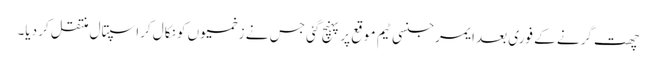
چھت گرنے کے فوری بعد ایمرجنسی ٹیم موقع پر پہنچ گئی جس نے زخمیوں کو نکال کراسپتال منتقل کر دیا۔